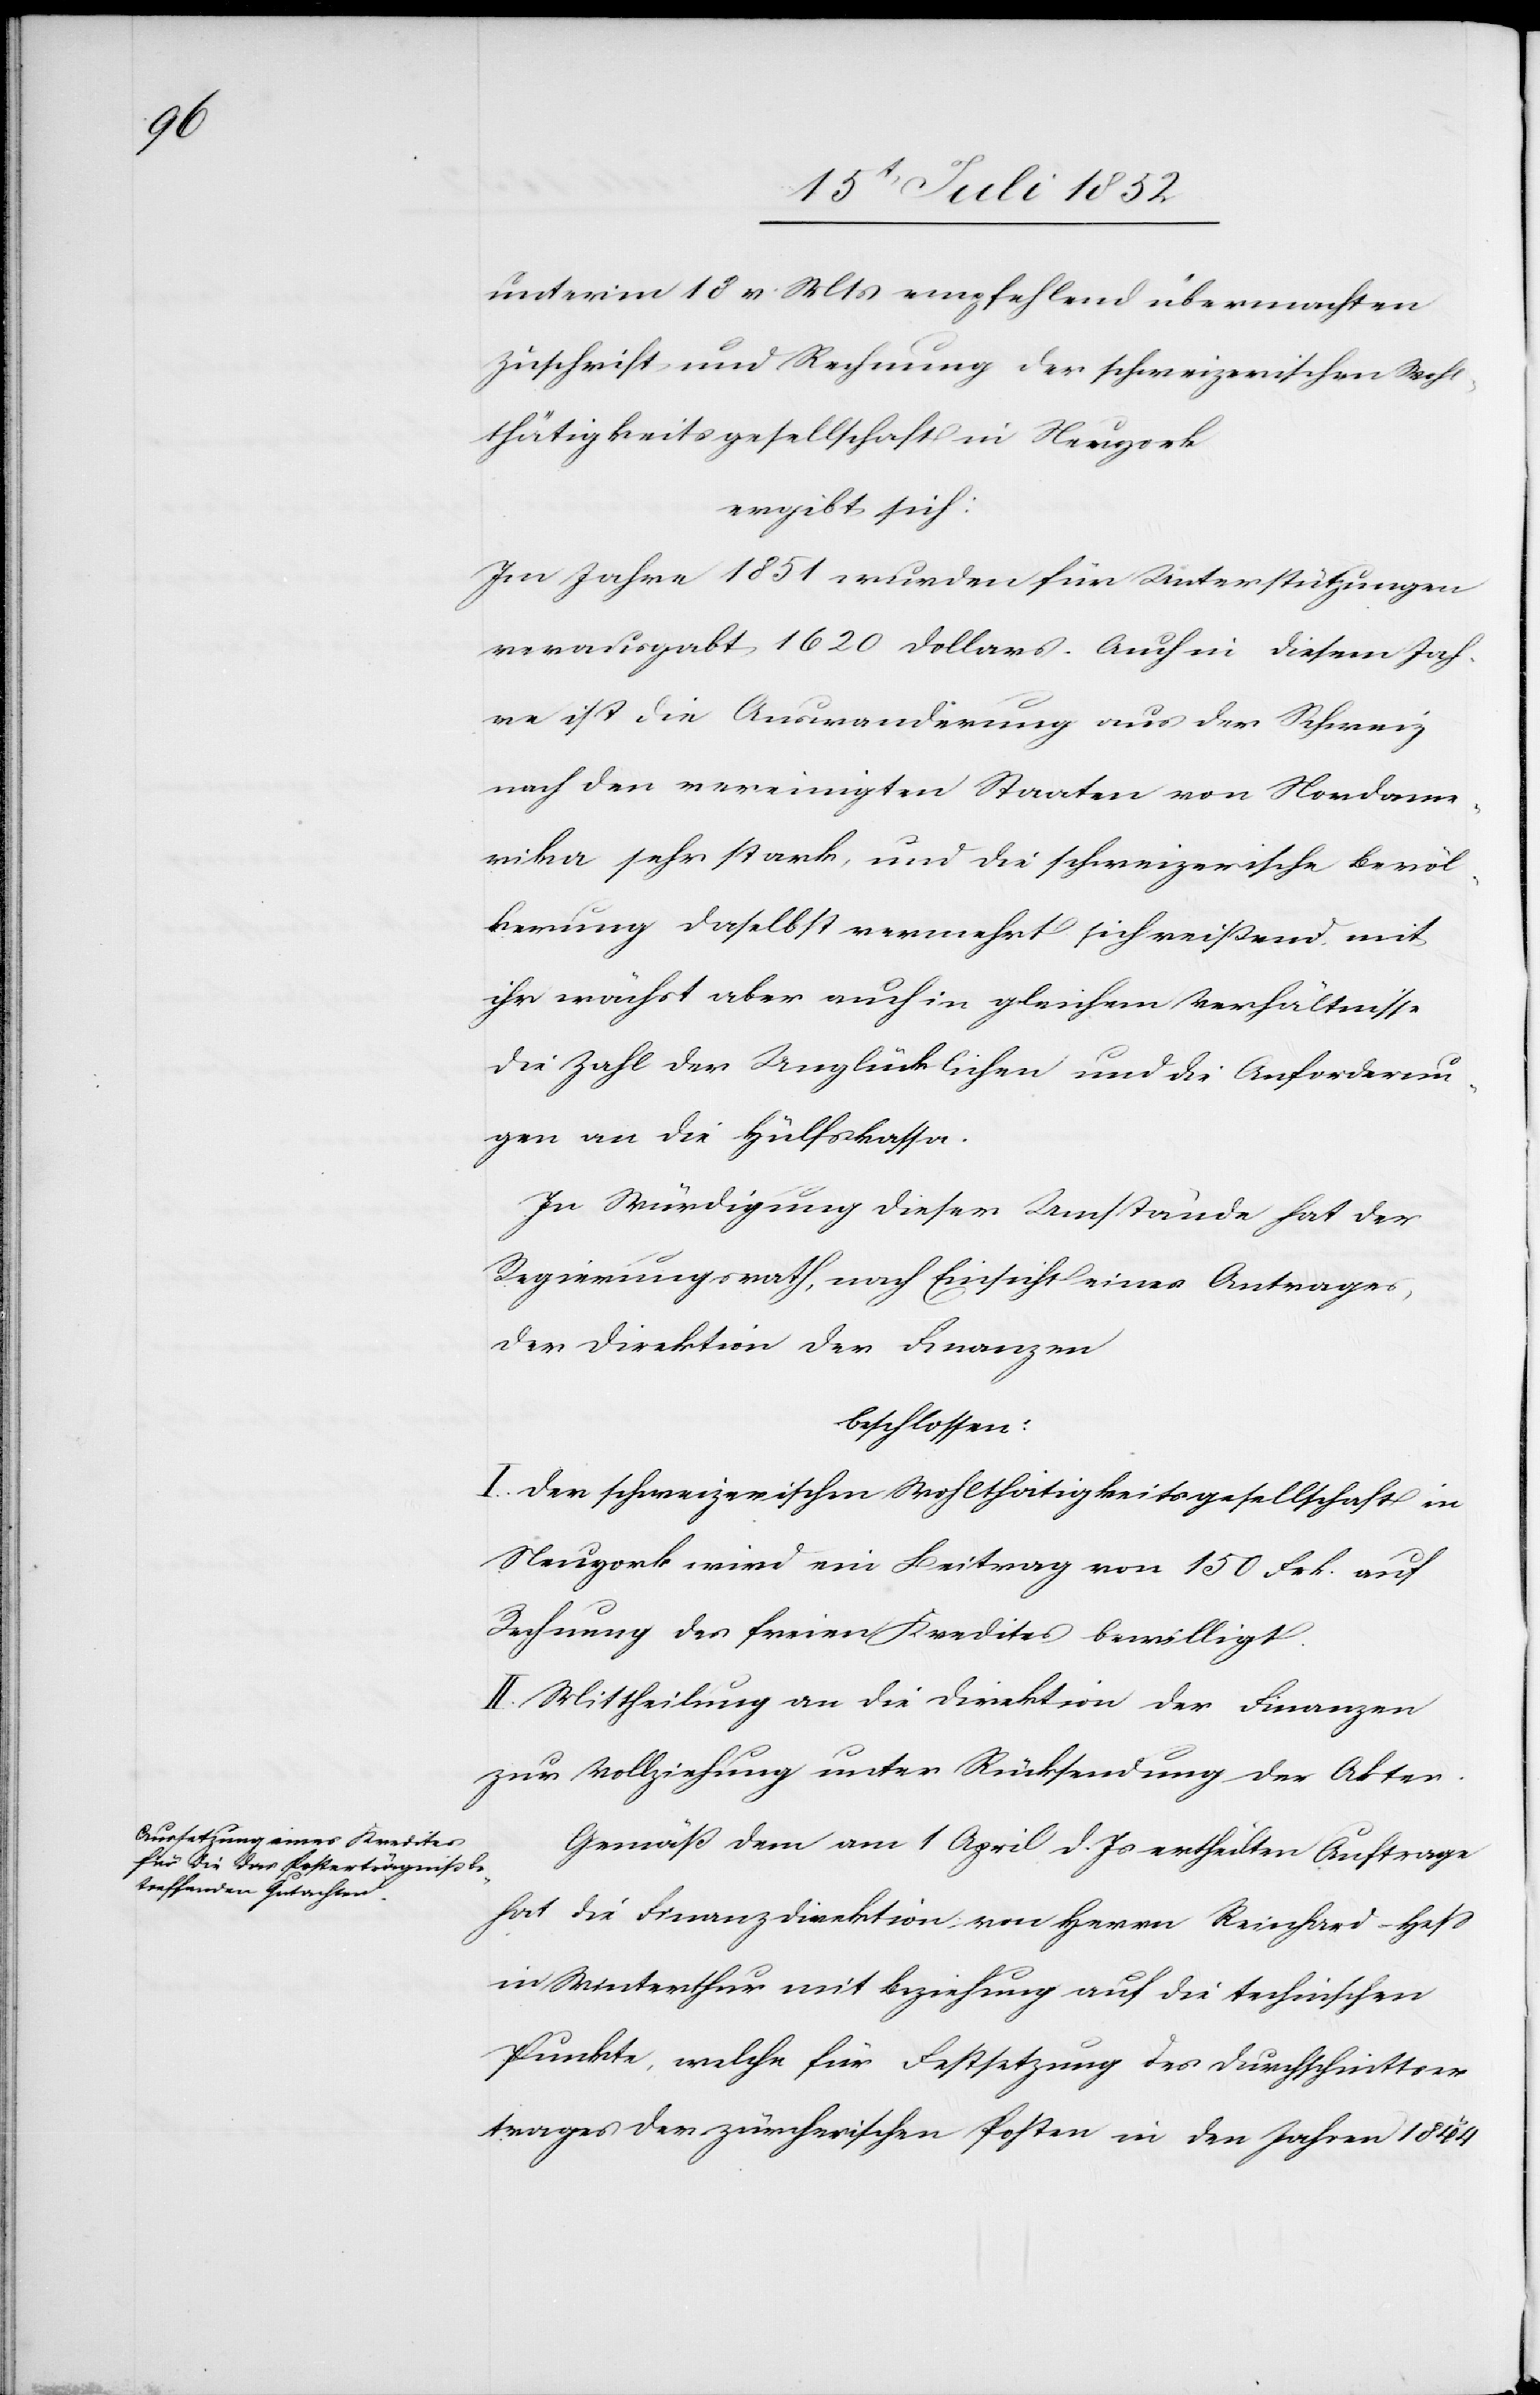
unterm 18 v. Mts empfehlend übermachten
Zuschrift und Rechnung der schweizerischen Wohl¬
thätigkeitsgesellschaft in Neuyork
ergibt sich:
Im Jahre 1851 wurden für Unterstützungen
verausgabt 1620 Dollars. Auch in diesem Jah¬
re ist die Auswanderung aus der Schweiz
nach den vereinigten Staaten von Nordame¬
rika sehr stark, und die schweizerische Bevöl¬
kerung daselbst vermehrt sich reißend, mit
ihr wächst aber auch in gleichem Verhältnisse
die Zahl der Unglücklichen und die Anforderun¬
gen an die Hülfskassa.
In Würdigung dieser Umstände hat der
Regierungsrath, nach Einsicht eines Antrages,
der Direktion der Finanzen
beschlossen:
I. Der schweizerischen Wohlthätigkeitsgesellschaft in
Neuyork wird ein Beitrag von 150 Frk. auf
Rechnung des freien Kredites bewilligt.
II. Mittheilung an die Direktion der Finanzen
zur Vollziehung unter Rücksendung der Akten.
Gemäß dem am 1 April d. Js ertheilten Auftrage
hat die Finanzdirektion, von Herrn Reinhard-Hess
in Winterthur mit Beziehung auf die technischen
Punkte, welche für Festsetzung des Durchschnittser¬
trages der zürcherischen Posten in den Jahren 1844